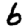
Digit: 6